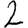
Digit: 2